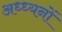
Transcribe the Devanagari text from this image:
अध्ध्यनों